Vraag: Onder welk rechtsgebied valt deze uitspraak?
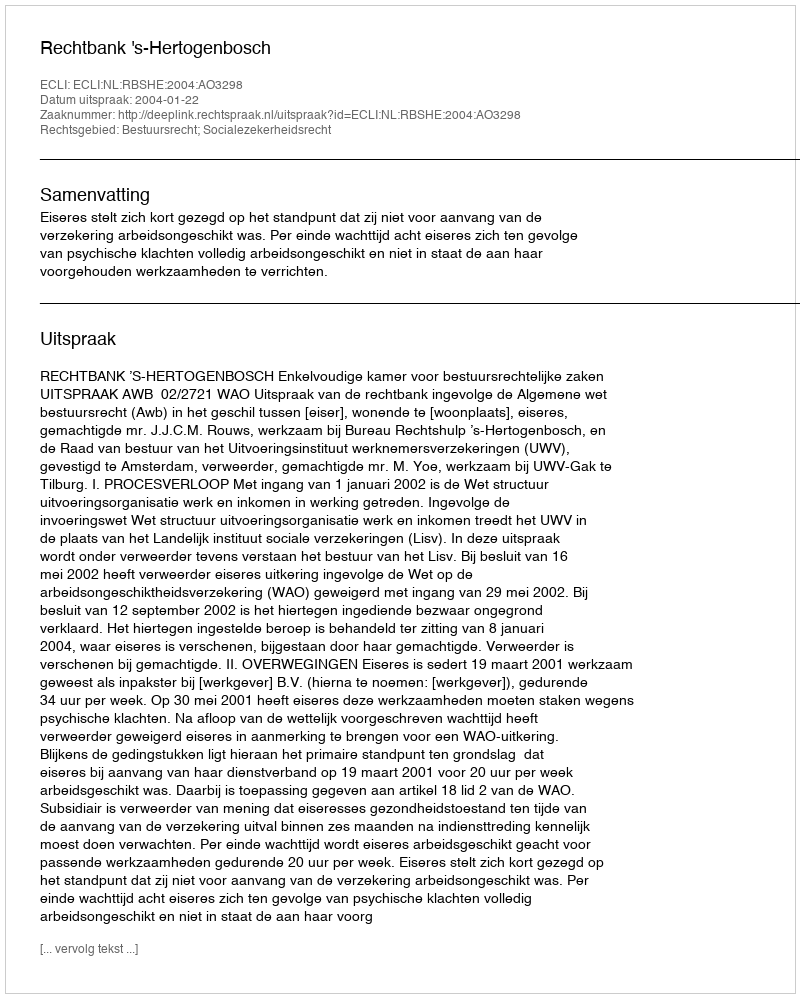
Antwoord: Bestuursrecht; Socialezekerheidsrecht